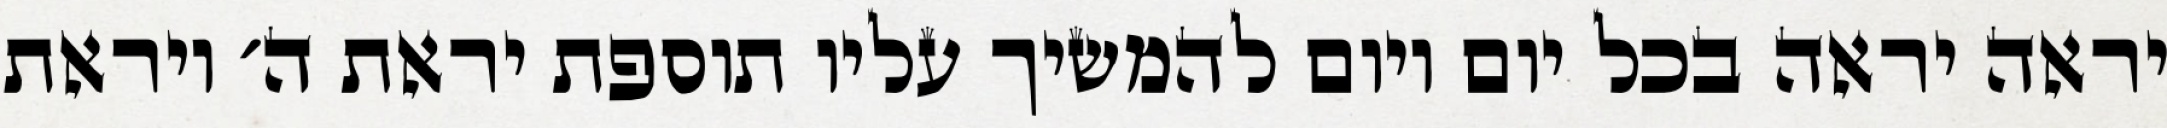
יראה יראה בכל יום ויום להמשיך עליו תוספת יראת ה׳ ויראת